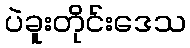
ပဲခူးတိုင်းဒေသ